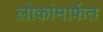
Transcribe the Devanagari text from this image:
लोकांमार्फत